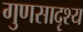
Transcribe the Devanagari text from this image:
गुणसादृश्य